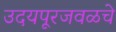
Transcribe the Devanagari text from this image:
उदयपूरजवळचे